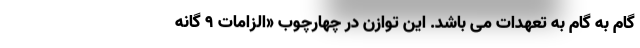
گام به گام به تعهدات می باشد. این توازن در چهارچوب «الزامات ۹ گانه